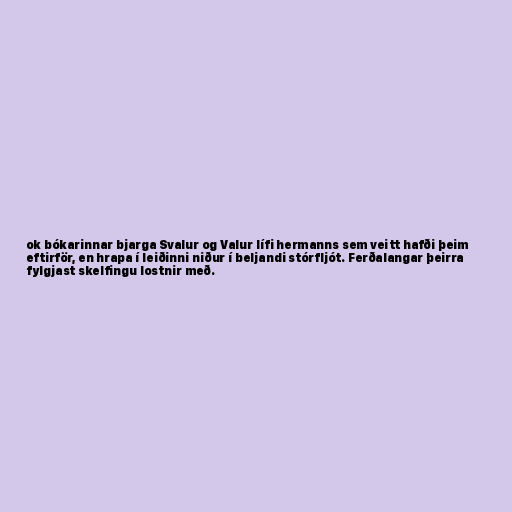
ok bókarinnar bjarga Svalur og Valur lífi hermanns sem veitt hafði þeim
eftirför, en hrapa í leiðinni niður í beljandi stórfljót. Ferðalangar þeirra
fylgjast skelfingu lostnir með.